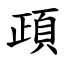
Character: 頙